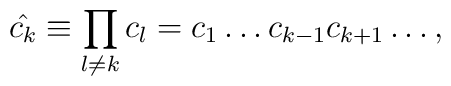
\hat{c_{k}} \equiv \prod _{l \neq k} c_{l} =c_{1}\ldots c_{k-1} c_{k+1} \ldots,